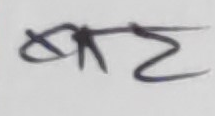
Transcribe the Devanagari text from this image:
श्रेय